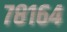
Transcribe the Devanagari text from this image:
७८१६४